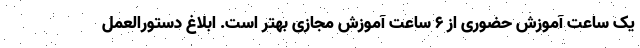
یک ساعت آموزش حضوری از ۶ ساعت آموزش مجازی بهتر است. ابلاغ دستورالعمل